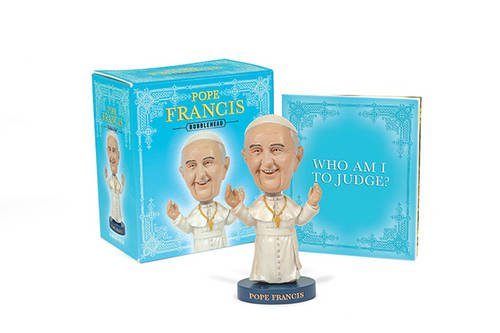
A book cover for Pope Francis Bobblehead; Danielle Selber; Humor & Entertainment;